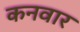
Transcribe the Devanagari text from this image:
कनवार